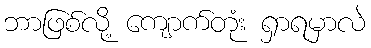
ဘာဖြစ်လို့ ကျောက်တုံး ရှာရမှာလဲ